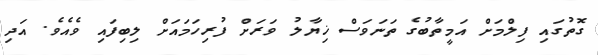
ގޮތުގައި ފިލްމަށް އަމީތާބުގެ ތަނަވަސް ޚިޔާލު ވަރަށް ފުރިހަމައަށް ލިބިފައި ވެއެވެ. އަދި